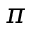
\pi